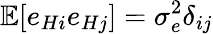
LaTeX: \mathbb{E}[e_{Hi}e_{Hj}]=\sigma_{e}^{2}\delta_{ij}